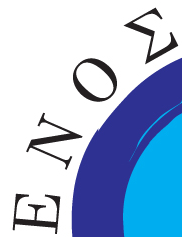
ENO#